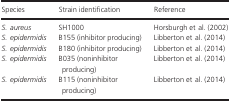
<table><thead><tr><td><b>Species</b></td><td><b>Strain identification</b></td><td><b>Reference</b></td></tr></thead><tbody><tr><td><i>S. aureus</i></td><td>SH1000</td><td>Horsburgh et al. (2002)</td></tr><tr><td><i>S. epidermidis</i></td><td>B155 (inhibitor producing)</td><td>Libberton et al. (2014)</td></tr><tr><td><i>S. epidermidis</i></td><td>B180 (inhibitor producing)</td><td>Libberton et al. (2014)</td></tr><tr><td><i>S. epidermidis</i></td><td>B035 (noninhibitor producing)</td><td>Libberton et al. (2014)</td></tr><tr><td><i>S. epidermidis</i></td><td>B115 (noninhibitor producing)</td><td>Libberton et al. (2014)</td></tr></tbody></table>